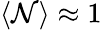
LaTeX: \langle\mathcal{N}\rangle\approx1